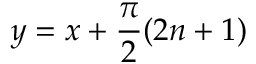
y = x + \frac \pi 2 ( 2 n + 1 )